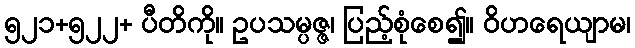
၅၂၁+၅၂၂+ ပီတိကို။ ဥပသမ္ပဇ္ဇ၊ ပြည့်စုံစေ၍။ ဝိဟရေယျာမ၊